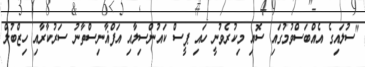
"ސުލައިގެ އެއްބަސްވުމުގައި ސޮއި މިކުރެވުނީ ހައި ޕީސް ކައުންސިލާއި އަފްޣާނިސްތާނު ސަރުކާރާއި ހިޒްބުލް